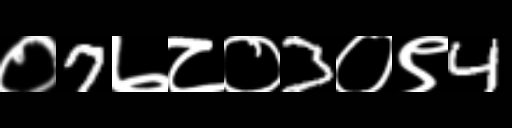
Text: ०7७८०3०९4